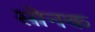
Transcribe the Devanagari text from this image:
सोनक